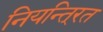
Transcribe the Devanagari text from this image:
नियन्ति्रत